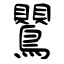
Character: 鸎